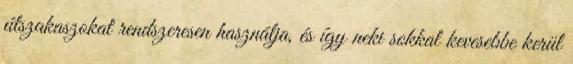
útszakaszokat rendszeresen használja, és így neki sokkal kevesebbe kerül